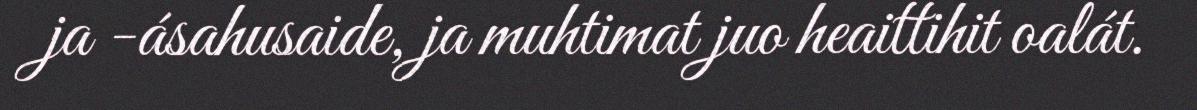
ja -ásahusaide, ja muhtimat juo heaittihit oalát.